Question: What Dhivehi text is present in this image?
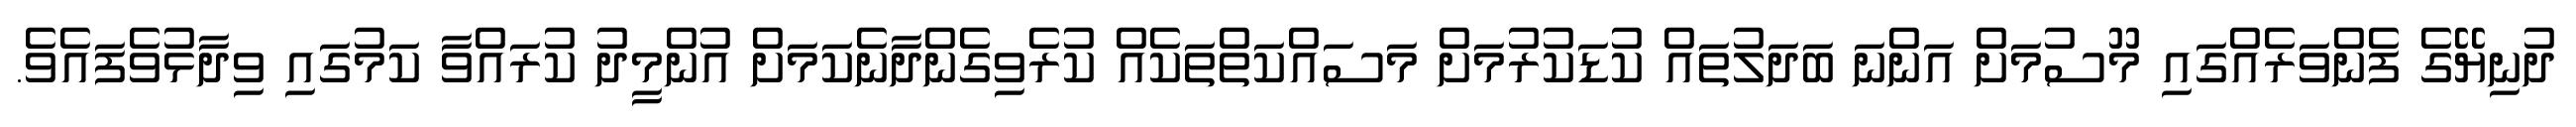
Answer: ދުނިޔޭގެ ފެންވަރެއްގައި މޫސުމަށް އަންނަ ބަދަލުތައް ކުޑަކުރުމަށް މަސައްކަތްތަކެއް ކުރެވިގެންދާނެކަމަށް އުންމީދު ކުރައްވާ ކަމުގައި ވިދާޅުވެފައެވެ.